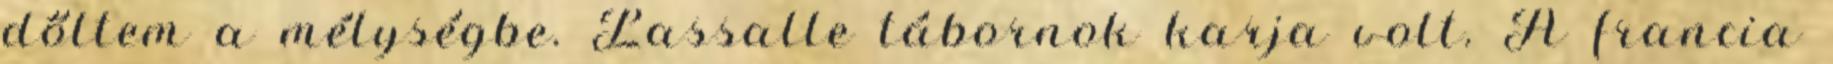
dőltem a mélységbe. Lassalle tábornok karja volt. A francia